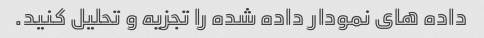
داده های نمودار داده شده را تجزیه و تحلیل کنید.